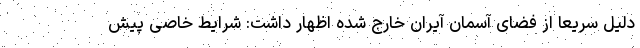
دلیل سریعا از فضای آسمان آیران خارج شده اظهار داشت: شرایط خاصی پیش